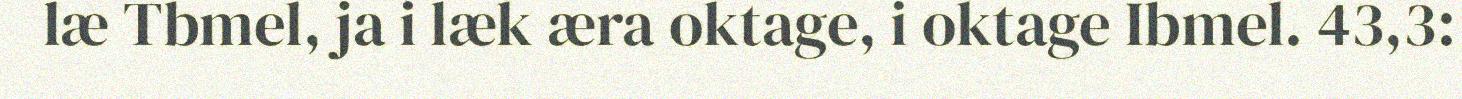
læ Tbmel, ja i læk æra oktage, i oktage Ibmel. 43,3: